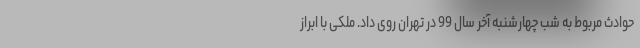
حوادث مربوط به شب چهارشنبه آخر سال 99 در تهران روی داد. ملکی با ابراز